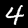
Digit: 4